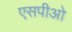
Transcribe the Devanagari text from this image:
एसपीओ